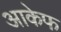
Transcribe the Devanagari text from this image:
आकेफ